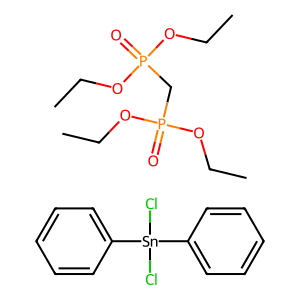
SMILES: CCOP(=O)(CP(=O)(OCC)OCC)OCC.Cl[Sn](Cl)(c1ccccc1)c1ccccc1
Inhibits HIV replication: No